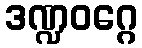
ဒဏ္ဍဝဂ္ဂေ